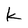
Character: k